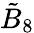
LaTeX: {\tilde{B}}_{8}